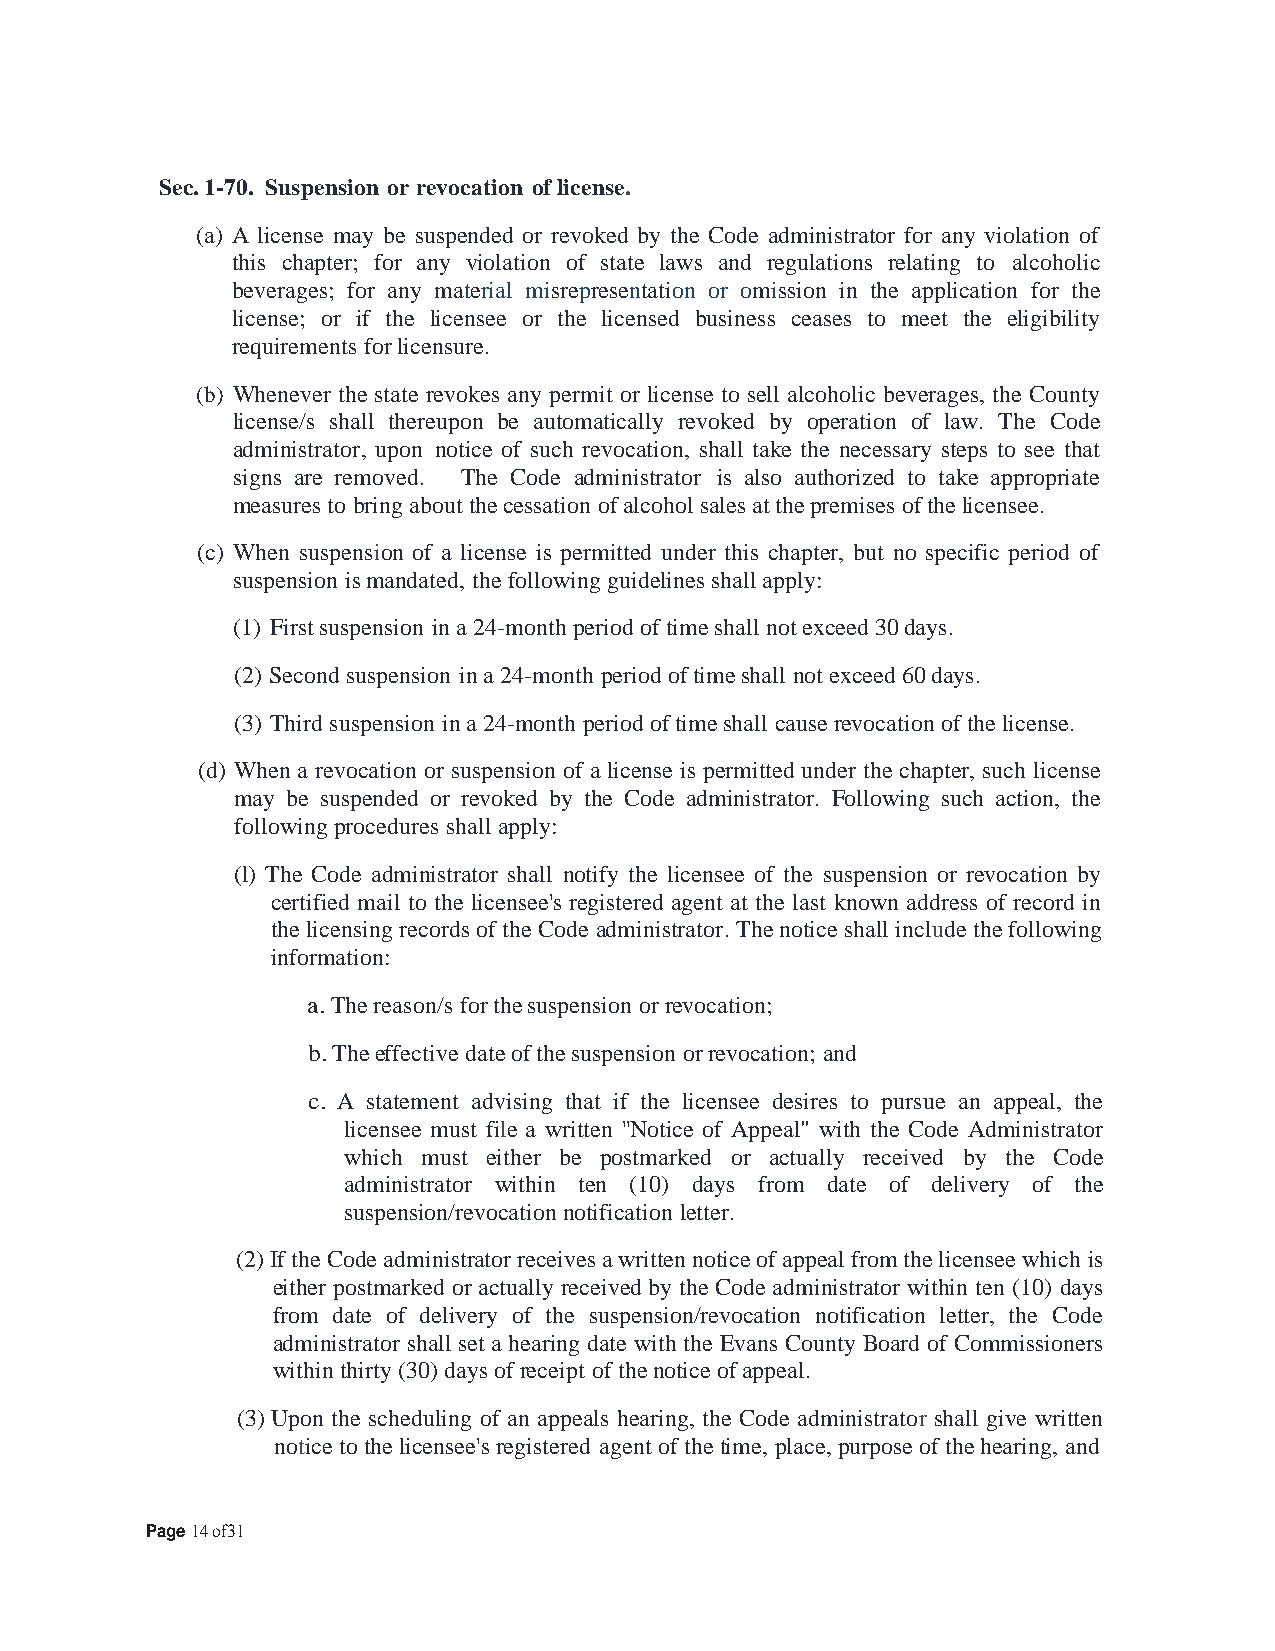
Sec. 1-70. Suspension or revocation of license.
 (a) A license may be suspended or revoked by the Code administrator for any violation of
 this chapter; for any violation of state laws and regulations relating to alcoholic
 beverages; for any material misrepresentation or omission in the application for the
 license; or if the licensee or the licensed business ceases to meet the eligibility
 requirements for licensure.
 (b) Whenever the state revokes any permit or license to sell alcoholic beverages, the County
 license/s shall thereupon be automatically revoked by operation of law. The Code
 administrator, upon notice of such revocation, shall take the necessary steps to see that
 signs are removed. The Code administrator is also authorized to take appropriate
 measures to bring about the cessation of alcohol sales at the premises of the licensee.
 (c) When suspension of a license is permitted under this chapter, but no specific period of
 suspension is mandated, the following guidelines shall apply:
 (1) First suspension in a 24-month period of time shall not exceed 30 days.
 (2) Second suspension in a 24-month period of time shall not exceed 60 days.
 (3) Third suspension in a 24-month period of time shall cause revocation of the license.
 (d) When a revocation or suspension of a license is permitted under the chapter, such license
 may be suspended or revoked by the Code administrator. Following such action, the
 following procedures shall apply:
 (l) The Code administrator shall notify the licensee of the suspension or revocation by
 certified mail to the licensee's registered agent at the last known address of record in
 the licensing records of the Code administrator. The notice shall include the following
 information:
 a. The reason/s for the suspension or revocation;
 b. The effective date of the suspension or revocation; and
 c. A statement advising that if the licensee desires to pursue an appeal, the
 licensee must file a written ''Notice of Appeal" with the Code Administrator
 which must either be postmarked or actually received by the Code
 administrator within ten (10) days from date of delivery of the
 suspension/revocation notification letter.
 (2) If the Code administrator receives a written notice of appeal from the licensee which is
 either postmarked or actually received by the Code administrator within ten (10) days
 from date of delivery of the suspension/revocation notification letter, the Code
 administrator shall set a hearing date with the Evans County Board of Commissioners
 within thirty (30) days of receipt of the notice of appeal.
 (3) Upon the scheduling of an appeals hearing, the Code administrator shall give written
 notice to the licensee's registered agent of the time, place, purpose of the hearing, and
 Page 14 of31